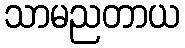
သာမညတာယ